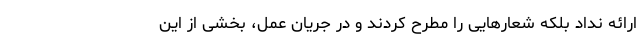
ارائه نداد بلکه شعارهایی را مطرح کردند و در جریان عمل، بخشی از این